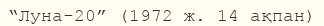
“Луна-20” (1972 ж. 14 ақпан)